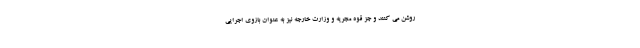
روشن می کنند و جز قوه مجریه و وزارت خارجه نیز به عنوان بازوی اجرایی